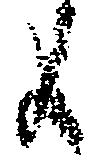
候